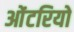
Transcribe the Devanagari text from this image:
ओंटरियो